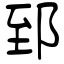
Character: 郅